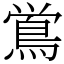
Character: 鴬